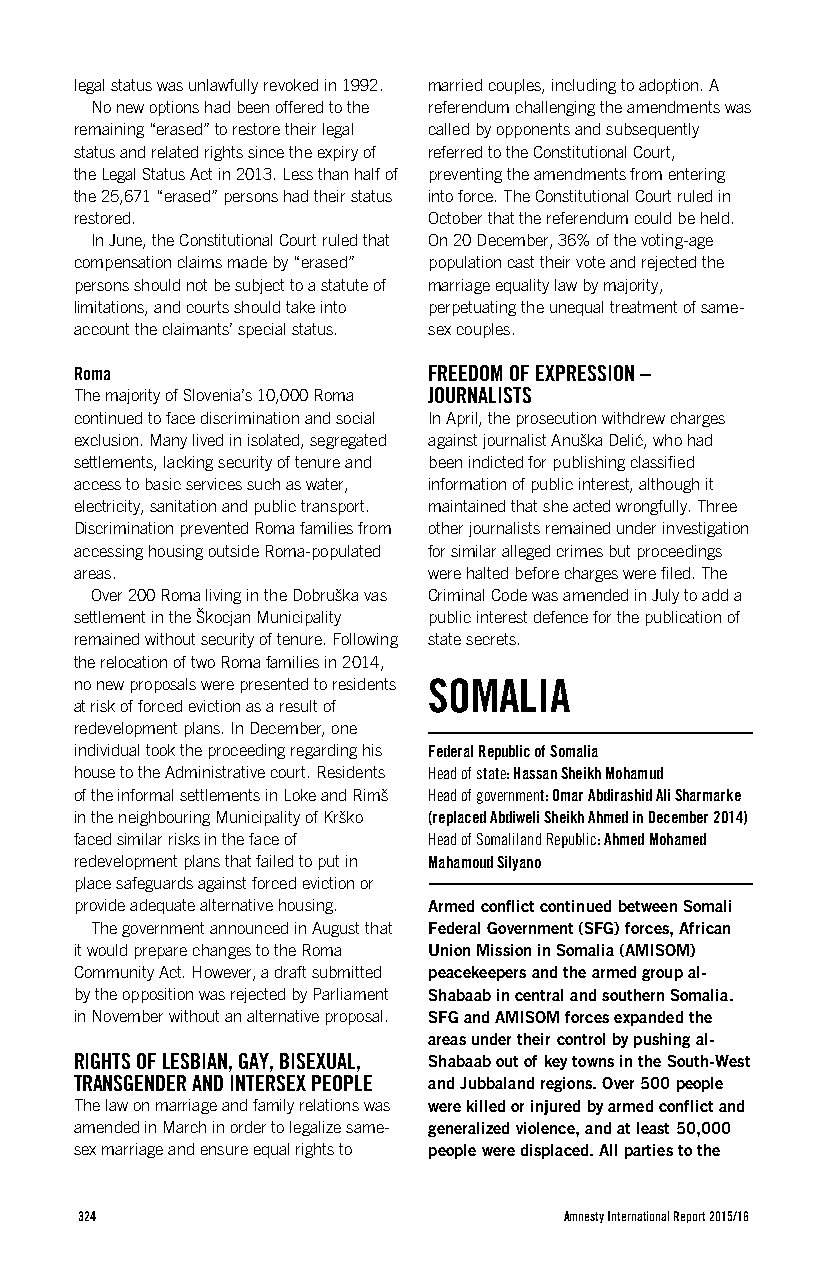
legal status was unlawfully revoked in 1992. married couples, including to adoption. A
 No new options had been offered to the referendum challenging the amendments was
 remaining “erased” to restore their legal called by opponents and subsequently
 status and related rights since the expiry of referred to the Constitutional Court,
 the Legal Status Act in 2013. Less than half of preventing the amendments from entering
 the 25,671 “erased” persons had their status into force. The Constitutional Court ruled in
 restored.              October that the referendum could be held.
 In June, the Constitutional Court ruled that On 20 December, 36% of the voting-age
 compensation claims made by “erased” population cast their vote and rejected the
 persons should not be subject to a statute of marriage equality law by majority,
 limitations, and courts should take into perpetuating the unequal treatment of same-
 account the claimants’ special status. sex couples.
 Roma                   FREEDOM OF EXPRESSION –
 The majority of Slovenia’s 10,000 Roma JOURNALISTS
 continued to face discrimination and social In April, the prosecution withdrew charges
 exclusion. Many lived in isolated, segregated against journalist Anuška Delić, who had
 settlements, lacking security of tenure and been indicted for publishing classified
 access to basic services such as water, information of public interest, although it
 electricity, sanitation and public transport. maintained that she acted wrongfully. Three
 Discrimination prevented Roma families from other journalists remained under investigation
 accessing housing outside Roma-populated for similar alleged crimes but proceedings
 areas.                 were halted before charges were filed. The
 Over 200 Roma living in the Dobruška vas Criminal Code was amended in July to add a
 settlement in the Škocjan Municipality public interest defence for the publication of
 remained without security of tenure. Following state secrets.
 the relocation of two Roma families in 2014,
 no new proposals were presented to residents SOMALIA
 at risk of forced eviction as a result of
 redevelopment plans. In December, one
 individual took the proceeding regarding his Federal Republic of Somalia
 house to the Administrative court. Residents Head of state: Hassan Sheikh Mohamud
 of the informal settlements in Loke and Rimš Head of government: Omar Abdirashid Ali Sharmarke
 in the neighbouring Municipality of Krško (replaced Abdiweli Sheikh Ahmed in December 2014)
 faced similar risks in the face of Head of Somaliland Republic: Ahmed Mohamed
 redevelopment plans that failed to put in Mahamoud Silyano
 place safeguards against forced eviction or
 provide adequate alternative housing. Armed conflict continued between Somali
 The government announced in August that Federal Government (SFG) forces, African
 it would prepare changes to the Roma Union Mission in Somalia (AMISOM)
 Community Act. However, a draft submitted peacekeepers and the armed group al-
 by the opposition was rejected by Parliament Shabaab in central and southern Somalia.
 in November without an alternative proposal. SFG and AMISOM forces expanded the
 areas under their control by pushing al-
 RIGHTS OF LESBIAN, GAY, BISEXUAL, Shabaab out of key towns in the South-West
 TRANSGENDER AND INTERSEX PEOPLE and Jubbaland regions. Over 500 people
 The law on marriage and family relations was were killed or injured by armed conflict and
 amended in March in order to legalize same- generalized violence, and at least 50,000
 sex marriage and ensure equal rights to people were displaced. All parties to the
 324                             Amnesty International Report 2015/16